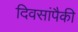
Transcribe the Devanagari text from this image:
दिवसांंपैकी